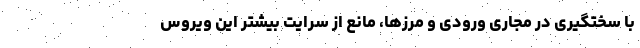
با سختگیری در مجاری ورودی و مرزها، مانع از سرایت بیشترِ این ویروس